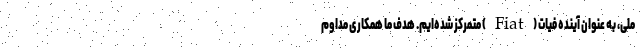
ملی، به عنوان آینده فیات (Fiat) متمرکز شده‌ایم. هدف ما همکاری مداوم